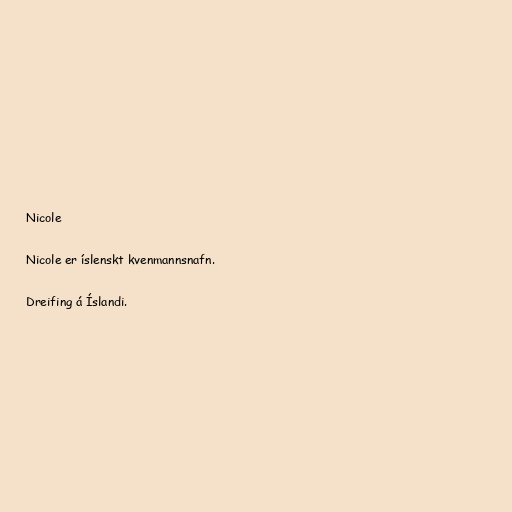
Nicole

Nicole er íslenskt kvenmannsnafn.

Dreifing á Íslandi.